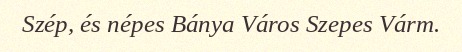
Szép, és népes Bánya Város Szepes Várm.